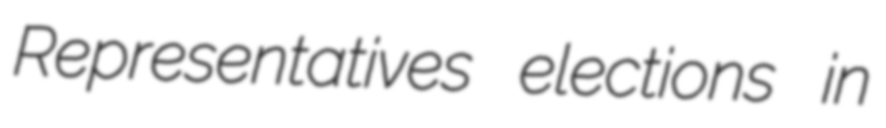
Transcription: Representatives elections in